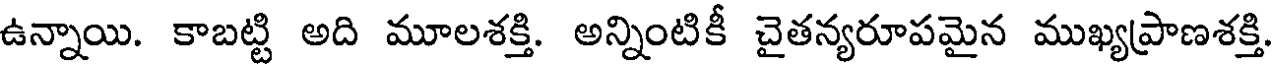
ఉన్నాయి. కాబట్టి అది మూలశక్తి. అన్నింటికీ చైతన్యరూపమైన ముఖ్యప్రాణశక్తి.